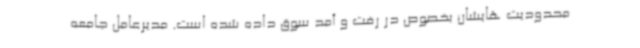
محدودیت هایشان بخصوص در رفت و آمد سوق داده شده است. مدیرعامل جامعه